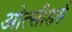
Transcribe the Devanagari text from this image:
ओत्सीडर्स